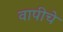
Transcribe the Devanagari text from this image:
वापीचे